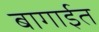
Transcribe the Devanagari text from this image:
बागाईत